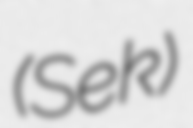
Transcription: (Sek)